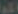
المو